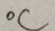
^ { \circ } C